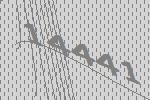
14441